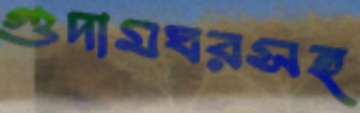
গুদামঘরসহ